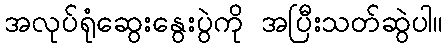
အလုပ်ရုံဆွေးနွေးပွဲကို အပြီးသတ်ဆွဲပါ။